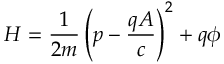
H = { \frac { 1 } { 2 m } } \left( p - { \frac { q A } { c } } \right) ^ { 2 } + q \phi